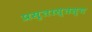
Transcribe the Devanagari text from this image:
प्रसृतास्तस्य